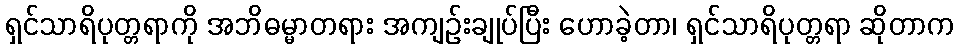
ရှင်သာရိပုတ္တရာကို အဘိဓမ္မာတရား အကျဉ်းချုပ်ပြီး ဟောခဲ့တာ၊ ရှင်သာရိပုတ္တရာ ဆိုတာက